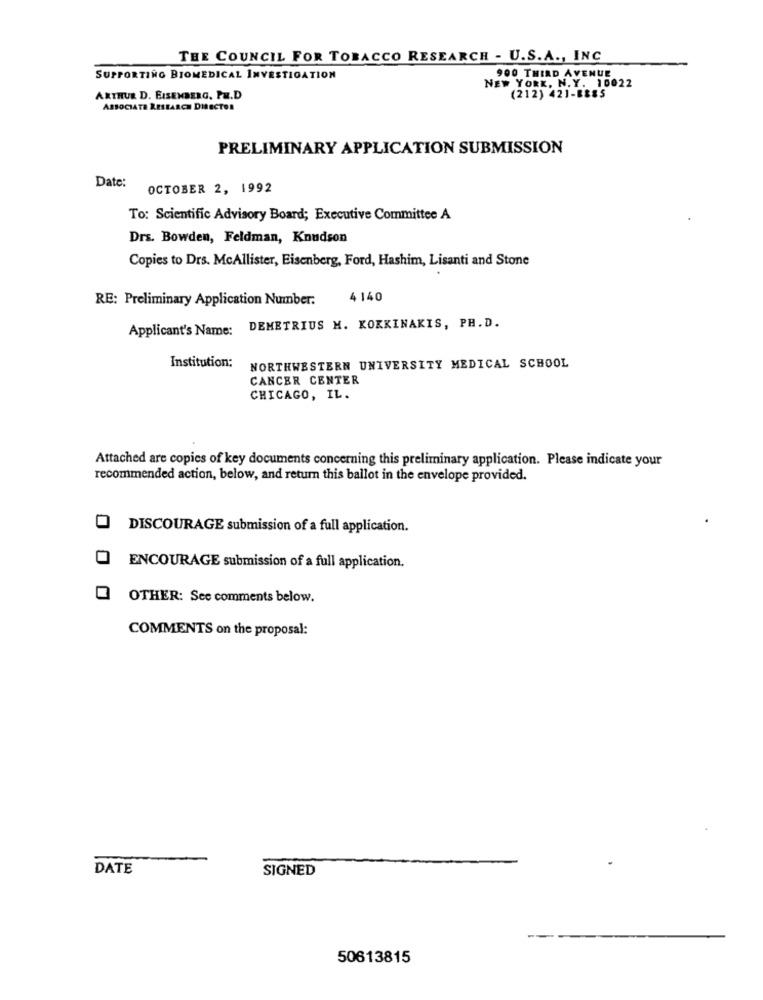
THE COUNCIL FOR TOBACCO RESEARCH - U.S.A ., INC
900 THIRD AVENUE
SUPPORTING BIOMEDICAL INVESTIGATION
NEW YORK, N.Y. 10022
ARTHUR D. EISENBERG, PH.D
(212) 421-888S
ASSOCIATE RESEARCH DIRECTOR
PRELIMINARY APPLICATION SUBMISSION
Date:
OCTOBER 2, 1992
To: Scientific Advisory Board; Executive Committee A
Drs. Bowden, Feldman, Knudson
Copies to Drs. McAllister, Eisenberg, Ford, Hashim, Lisanti and Stone
RE: Preliminary Application Number:
4 140
Applicant's Name: DEMETRIUS M. KOKKINAKIS, PH.D.
Institution:
NORTHWESTERN UNIVERSITY MEDICAL SCHOOL
CANCER CENTER
CHICAGO, IL.
Attached are copies of key documents concerning this preliminary application. Please indicate your
recommended action, below, and return this ballot in the envelope provided.
DISCOURAGE submission of a full application.
ENCOURAGE submission of a full application.
OTHER: See comments below.
COMMENTS on the proposal:
DATE
SIGNED
50613815